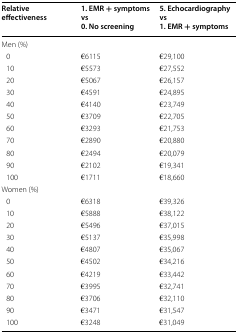
| Relative effectiveness | 1. EMR + symptoms vs0. No screening | 5. Echocardiography vs1. EMR + symptoms |
 | --- | --- | --- |
 | <COLSPAN=3> Men (%) |
 | 0 | €6115 | €29,100 |
 | 10 | €5573 | €27,552 |
 | 20 | €5067 | €26,157 |
 | 30 | €4591 | €24,895 |
 | 40 | €4140 | €23,749 |
 | 50 | €3709 | €22,705 |
 | 60 | €3293 | €21,753 |
 | 70 | €2890 | €20,880 |
 | 80 | €2494 | €20,079 |
 | 90 | €2102 | €19,341 |
 | 100 | €1711 | €18,660 |
 | <COLSPAN=3> Women (%) |
 | 0 | €6318 | €39,326 |
 | 10 | €5888 | €38,122 |
 | 20 | €5496 | €37,015 |
 | 30 | €5137 | €35,998 |
 | 40 | €4807 | €35,067 |
 | 50 | €4502 | €34,216 |
 | 60 | €4219 | €33,442 |
 | 70 | €3995 | €32,741 |
 | 80 | €3706 | €32,110 |
 | 90 | €3471 | €31,547 |
 | 100 | €3248 | €31,049 |